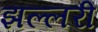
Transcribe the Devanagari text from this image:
झल्लरी